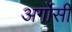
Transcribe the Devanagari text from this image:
अर्गोसी